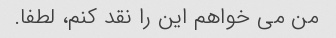
من می خواهم این را نقد کنم، لطفا.